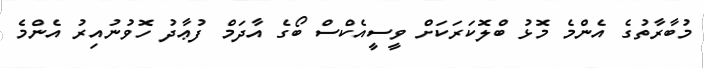
މުބާރާތުގެ އެންމެ މޮޅު ބްލޮކަރަކަށް ވީސީއެކްސް ބޯގެ އާދަމް ފުޢާދު ހޮވުނުއިރު އެންމެ